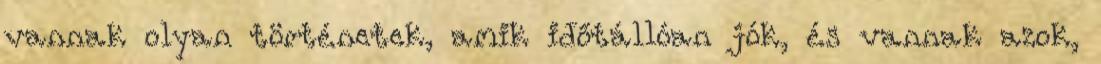
vannak olyan történetek, amik időtállóan jók, és vannak azok,